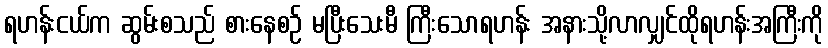
ရဟန်းငယ်က ဆွမ်းစသည် စားနေစဉ် မပြီးသေးမီ ကြီးသောရဟန်း အနားသို့လာလျှင်ထိုရဟန်းအကြီးကို